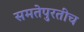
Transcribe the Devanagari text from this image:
समतेपुरतीच